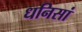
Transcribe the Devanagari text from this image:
धनिसां